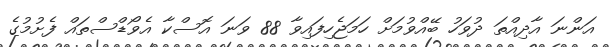
އަންނަ އާދިއްތަ ދުވަހު ބޭއްވުމަށް ހަމަޖެހިފައިވާ 88 ވަނަ އޮސްކާ އެވޯޑްސްތައް ފެށުމުގެ